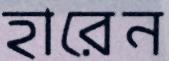
হারেন